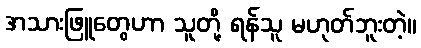
အသားဖြူတွေဟာ သူတို့ ရန်သူ မဟုတ်ဘူးတဲ့။